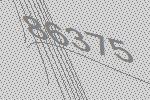
86375